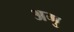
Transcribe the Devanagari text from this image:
अगु